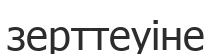
зерттеуіне